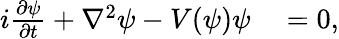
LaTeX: \begin{array}{rl}{i\frac{\partial\psi}{\partial t}+\nabla^{2}\psi-V(\psi)\psi}&{{}=0,}\end{array}